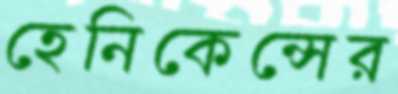
হেনিকেন্সের